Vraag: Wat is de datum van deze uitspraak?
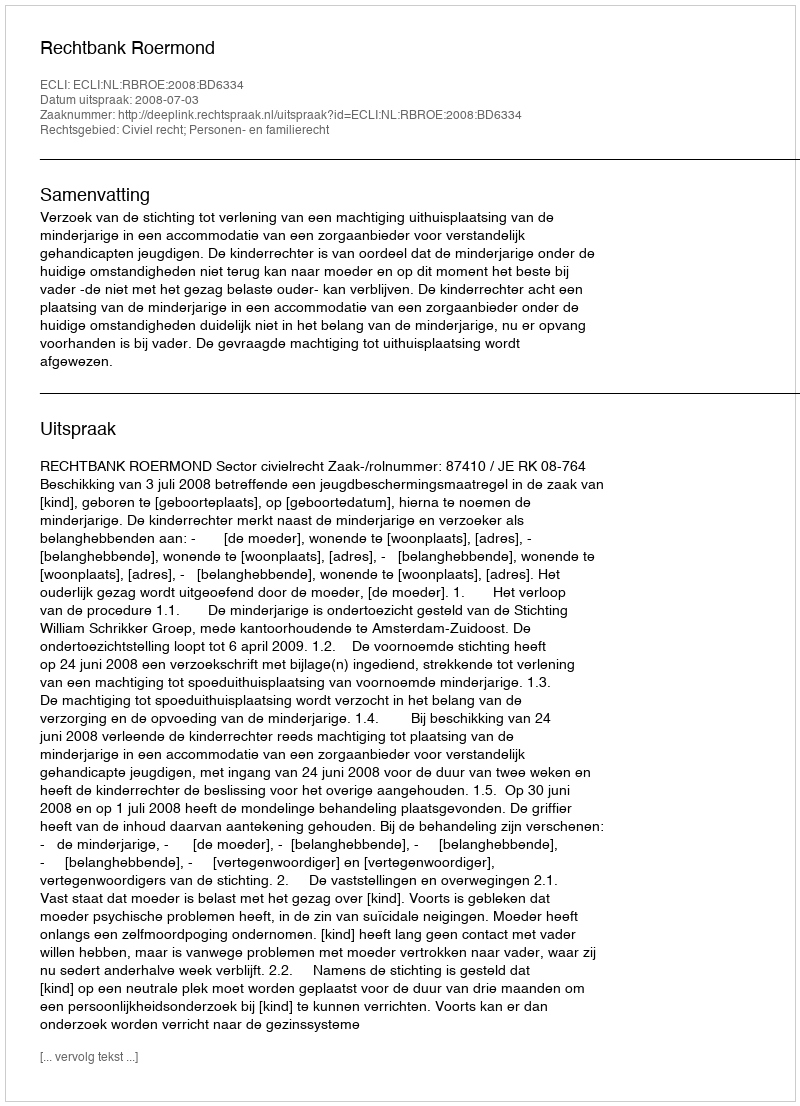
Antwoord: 2008-07-03